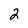
Character: 2